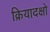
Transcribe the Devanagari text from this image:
क्रियादक्षो